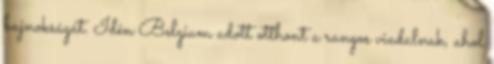
bajnokságát. Idén Belgium adott otthont a rangos viadalnak, ahol